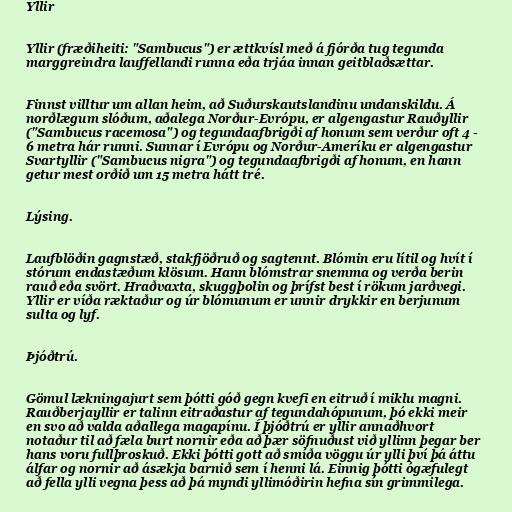
Yllir

Yllir (fræðiheiti: "Sambucus") er ættkvísl með á fjórða tug tegunda
marggreindra lauffellandi runna eða trjáa innan geitblaðsættar.

Finnst villtur um allan heim, að Suðurskautslandinu undanskildu. Á
norðlægum slóðum, aðalega Norður-Evrópu, er algengastur Rauðyllir
("Sambucus racemosa") og tegundaafbrigði af honum sem verður oft 4 -
6 metra hár runni. Sunnar í Evrópu og Norður-Ameríku er algengastur
Svartyllir ("Sambucus nigra") og tegundaafbrigði af honum, en hann
getur mest orðið um 15 metra hátt tré.

Lýsing.

Laufblöðin gagnstæð, stakfjöðruð og sagtennt. Blómin eru lítil og hvít í
stórum endastæðum klösum. Hann blómstrar snemma og verða berin
rauð eða svört. Hraðvaxta, skuggþolin og þrífst best í rökum jarðvegi.
Yllir er víða ræktaður og úr blómunum er unnir drykkir en berjunum
sulta og lyf.

Þjóðtrú.

Gömul lækningajurt sem þótti góð gegn kvefi en eitruð í miklu magni.
Rauðberjayllir er talinn eitraðastur af tegundahópunum, þó ekki meir
en svo að valda aðallega magapínu. Í þjóðtrú er yllir annaðhvort
notaður til að fæla burt nornir eða að þær söfnuðust við yllinn þegar ber
hans voru fullþroskuð. Ekki þótti gott að smíða vöggu úr ylli því þá áttu
álfar og nornir að ásækja barnið sem í henni lá. Einnig þótti ógæfulegt
að fella ylli vegna þess að þá myndi yllimóðirin hefna sín grimmilega.